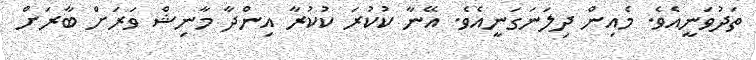
ތަދުވަނީއެވެ. މެއިން ދިލަނަގަނީއެވެ. އޭނާ ކުކުރަ ކުކުރާ އިންދާ މާނިޝް ވަރަށް ބާރަށް